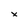
Character: x